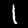
Digit: 1